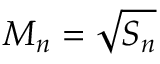
M _ { n } = \sqrt { S _ { n } }